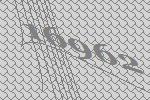
16962